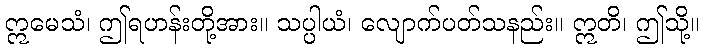
ဣမေသံ၊ ဤရဟန်းတို့အား။ သပ္ပါယံ၊ လျောက်ပတ်သနည်း။ ဣတိ၊ ဤသို့။